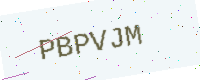
Text: PBPVJM